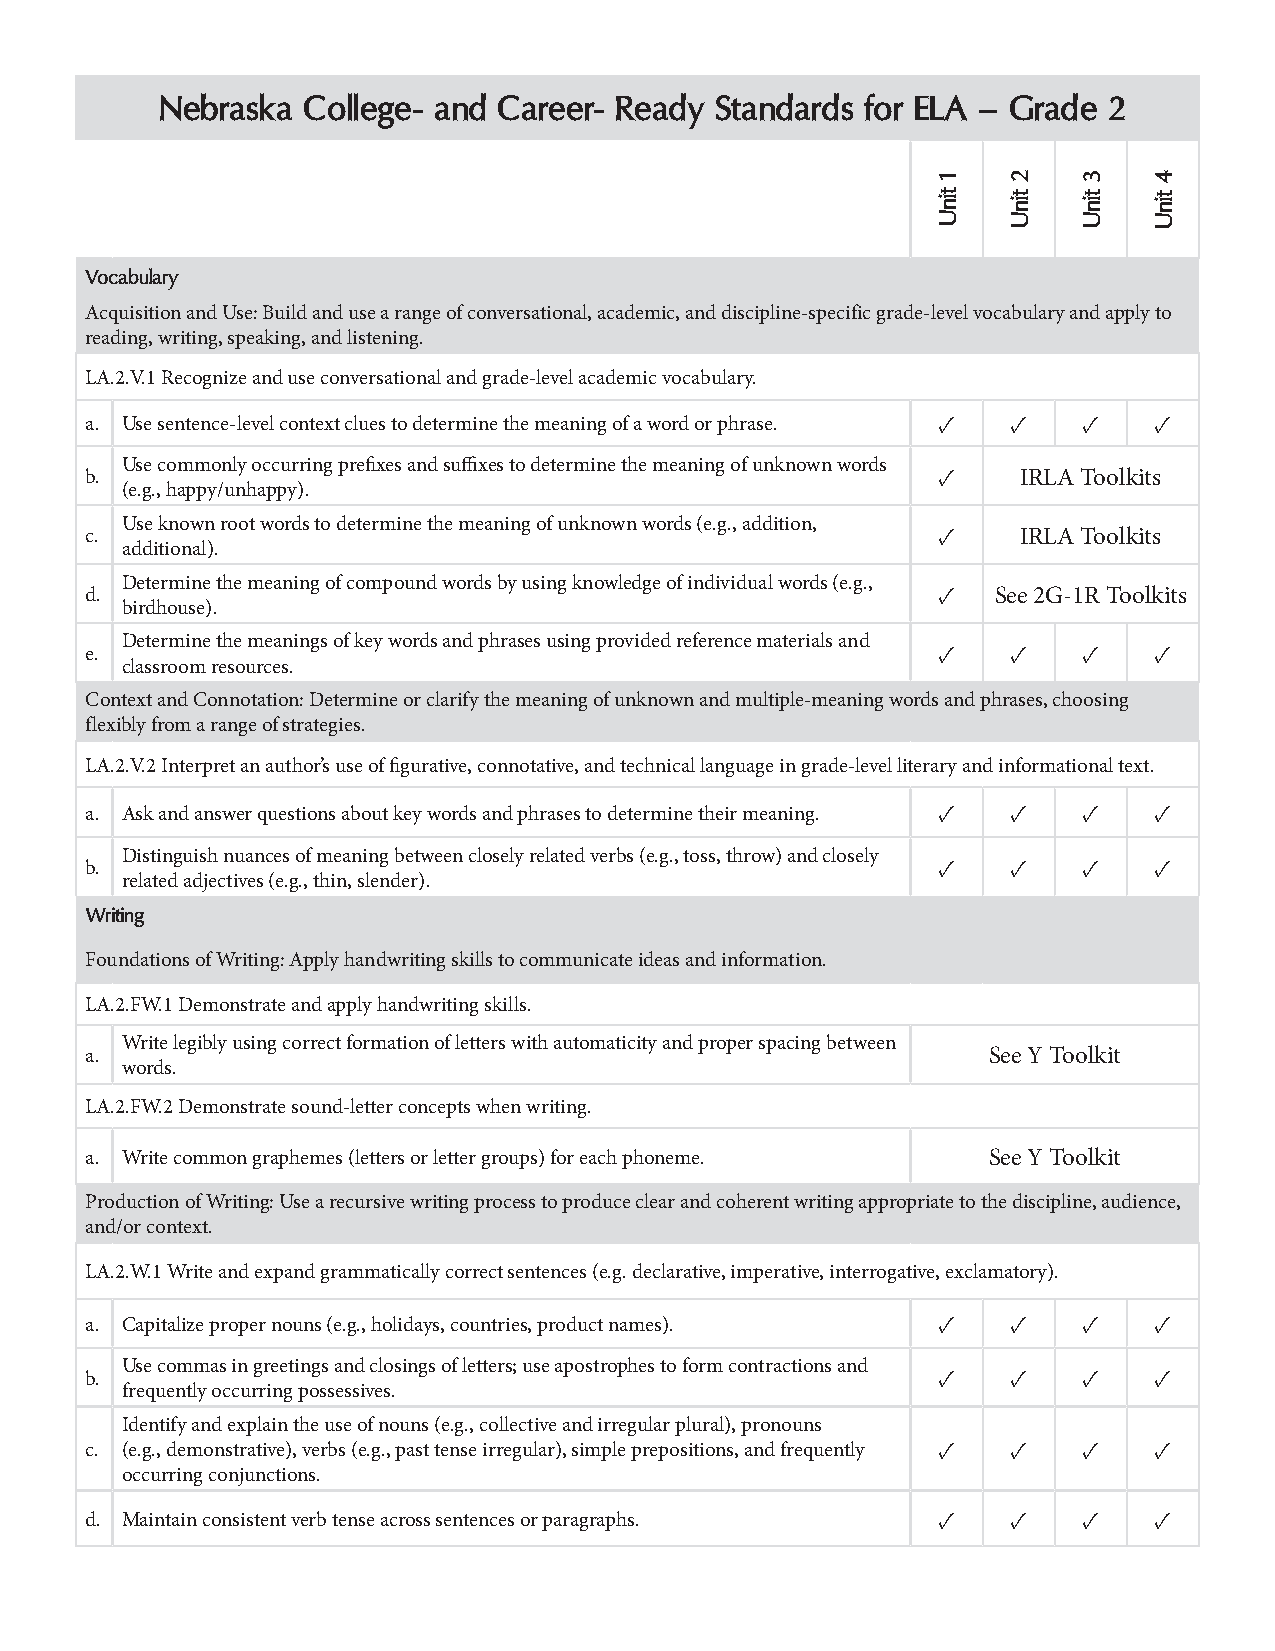
Nebraska  College- and Career- Ready Standards for ELA – Grade 2
 Vocabulary
 Acquisition and Use: Build and use a range of conversational, academic, and discipline-specific grade-level vocabulary and apply to
 reading, writing, speaking, and listening.
 LA.2.V.1 Recognize and use conversational and grade-level academic vocabulary.
 a. Use sentence-level context clues to determine the meaning of a word or phrase. ✓ ✓ ✓ ✓
 Use commonly occurring prefixes and suffixes to determine the meaning of unknown words
 b.                                                      ✓     IRLA Toolkits
 (e.g., happy/unhappy).
 Use known root words to determine the meaning of unknown words (e.g., addition,
 c.                                                      ✓     IRLA Toolkits
 additional).
 Determine the meaning of compound words by using knowledge of individual words (e.g.,
 d.                                                      ✓   See 2G-1R Toolkits
 birdhouse).
 Determine the meanings of key words and phrases using provided reference materials and
 e.                                                      ✓    ✓    ✓   ✓
 classroom resources.
 Context and Connotation: Determine or clarify the meaning of unknown and multiple-meaning words and phrases, choosing
 flexibly from a range of strategies.
 LA.2.V.2 Interpret an author’s use of figurative, connotative, and technical language in grade-level literary and informational text.
 a. Ask and answer questions about key words and phrases to determine their meaning. ✓ ✓ ✓ ✓
 Distinguish nuances of meaning between closely related verbs (e.g., toss, throw) and closely
 b.                                                      ✓    ✓    ✓   ✓
 related adjectives (e.g., thin, slender).
 Writing
 Foundations of Writing: Apply handwriting skills to communicate ideas and information.
 LA.2.FW.1 Demonstrate and apply handwriting skills.
 Write legibly using correct formation of letters with automaticity and proper spacing between
 a.                                                         See Y Toolkit
 words.
 LA.2.FW.2 Demonstrate sound-letter concepts when writing.
 a. Write common graphemes (letters or letter groups) for each phoneme. See Y Toolkit
 Production of Writing: Use a recursive writing process to produce clear and coherent writing appropriate to the discipline, audience,
 and/or context.
 LA.2.W.1 Write and expand grammatically correct sentences (e.g. declarative, imperative, interrogative, exclamatory).
 a. Capitalize proper nouns (e.g., holidays, countries, product names). ✓ ✓ ✓ ✓
 Use commas in greetings and closings of letters; use apostrophes to form contractions and
 b.                                                      ✓    ✓    ✓   ✓
 frequently occurring possessives.
 Identify and explain the use of nouns (e.g., collective and irregular plural), pronouns
 c. (e.g., demonstrative), verbs (e.g., past tense irregular), simple prepositions, and frequently ✓ ✓ ✓ ✓
 occurring conjunctions.
 d. Maintain consistent verb tense across sentences or paragraphs. ✓ ✓ ✓ ✓
 1
 tinU
 2
 tinU
 3
 tinU
 4
 tinU